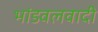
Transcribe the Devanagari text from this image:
भांडवलवादी